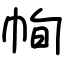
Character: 㡄